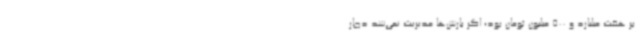
بر هفت میلیارد و 500 میلیون تومان بود؛ اگر بارش‌ها مدیریت نمی‌شد دچار